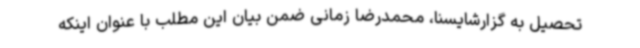
تحصیل به گزارشایسنا، محمدرضا زمانی ضمن بیان این مطلب با عنوان اینکه